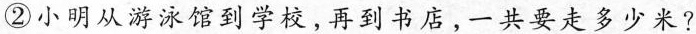
②小明从游泳馆到学校，再到书店，一共要走多少米?